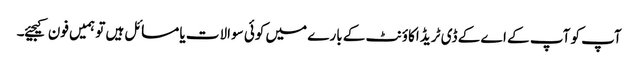
آپ کو آپ کے اے کے ڈی ٹریڈ اکاؤنٹ کے بارے میں کوئی سوالات یا مسائل ہیں تو ہمیں فون کیجیئے۔